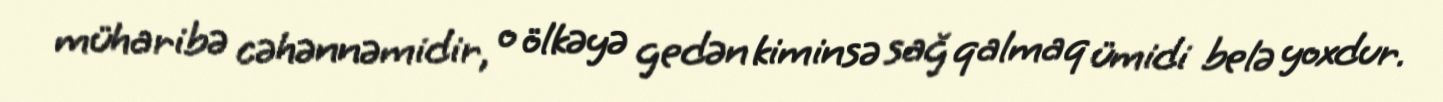
müharibə cəhənnəmidir, o ölkəyə gedən kiminsə sağ qalmaq ümidi belə yoxdur.